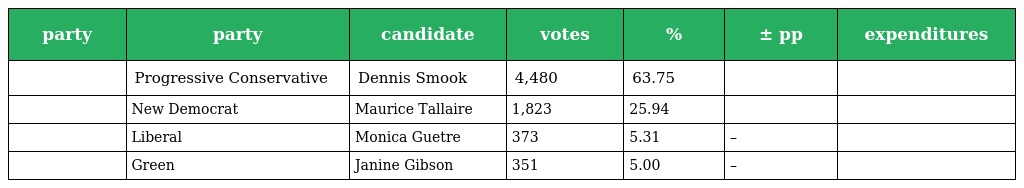
| party | party | candidate | votes | % | ± pp | expenditures |
 | --- | --- | --- | --- | --- | --- | --- |
 |  | Progressive Conservative | Dennis Smook | 4,480 | 63.75 |  |  |
 |  | New Democrat | Maurice Tallaire | 1,823 | 25.94 |  |  |
 |  | Liberal | Monica Guetre | 373 | 5.31 | – |  |
 |  | Green | Janine Gibson | 351 | 5.00 | – |  |